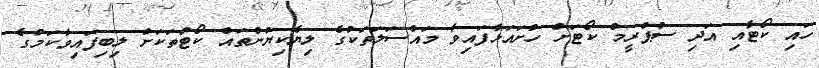
ހައި ކޯޓާއި އަދި ސުޕްރީމް ކޯޓަށް ހުށައަޅާފައިވާ މައްސަލަތަކުގެ ލިޔެކިޔުންތައް ކޯޓުތަކަށް ލިބިފައިވާކަމުގެ